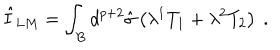
\hat { I } _ { L M } = \int _ { B } d ^ { p + 2 } \hat { \sigma } \left( \lambda ^ { 1 } T _ { 1 } + \lambda ^ { 2 } T _ { 2 } \right) \ .